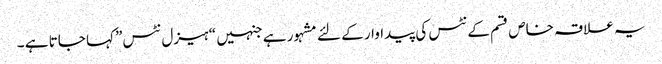
یہ علاقہ خاص قسم کے نٹس کی پیداوار کے لئے مشہور ہے جنہیں “ہیزل نٹس” کہا جاتا ہے ۔